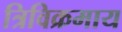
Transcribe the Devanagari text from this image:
त्रिविक्रमाय